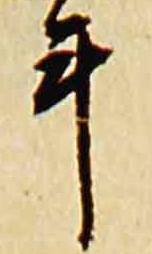
年